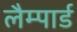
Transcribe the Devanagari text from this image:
लैम्पार्ड